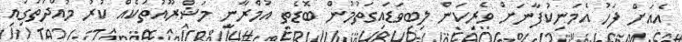
އެއަށް ފަހު އެމަނިކުފާނަށް ވެރިކަން ލިބިވަޑައިގަތުމުން ބޮޑެތި އުމްރާނީ މަޝްރޫއުތަކެއް ކުރު މުއްދަތުގައި